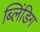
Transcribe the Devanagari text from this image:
ब्लिंडिग